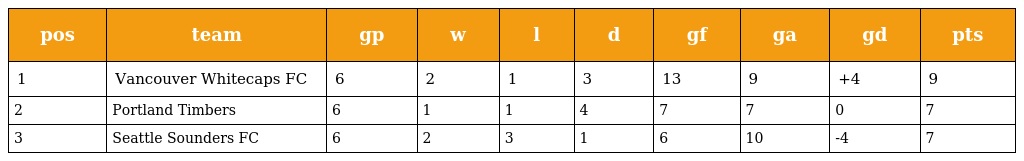
| pos | team | gp | w | l | d | gf | ga | gd | pts |
 | --- | --- | --- | --- | --- | --- | --- | --- | --- | --- |
 | 1 | Vancouver Whitecaps FC | 6 | 2 | 1 | 3 | 13 | 9 | +4 | 9 |
 | 2 | Portland Timbers | 6 | 1 | 1 | 4 | 7 | 7 | 0 | 7 |
 | 3 | Seattle Sounders FC | 6 | 2 | 3 | 1 | 6 | 10 | -4 | 7 |